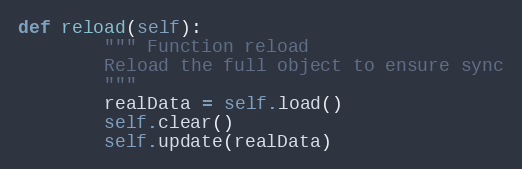
Language: Python
def reload(self):
        """ Function reload
        Reload the full object to ensure sync
        """
        realData = self.load()
        self.clear()
        self.update(realData)